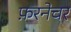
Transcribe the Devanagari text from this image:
फ़रनेचर